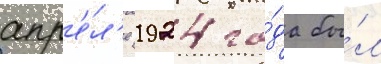
апр'е́л'е 1924 го́да бы́л